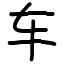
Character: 车